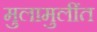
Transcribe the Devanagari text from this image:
मुलामुलींत